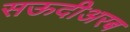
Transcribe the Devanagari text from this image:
सऊदीअरब